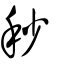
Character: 秒